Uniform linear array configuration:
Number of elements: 24
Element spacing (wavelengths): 1
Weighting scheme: uniform
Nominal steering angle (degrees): -45
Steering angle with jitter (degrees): -46.722
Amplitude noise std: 0.05
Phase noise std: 0.05

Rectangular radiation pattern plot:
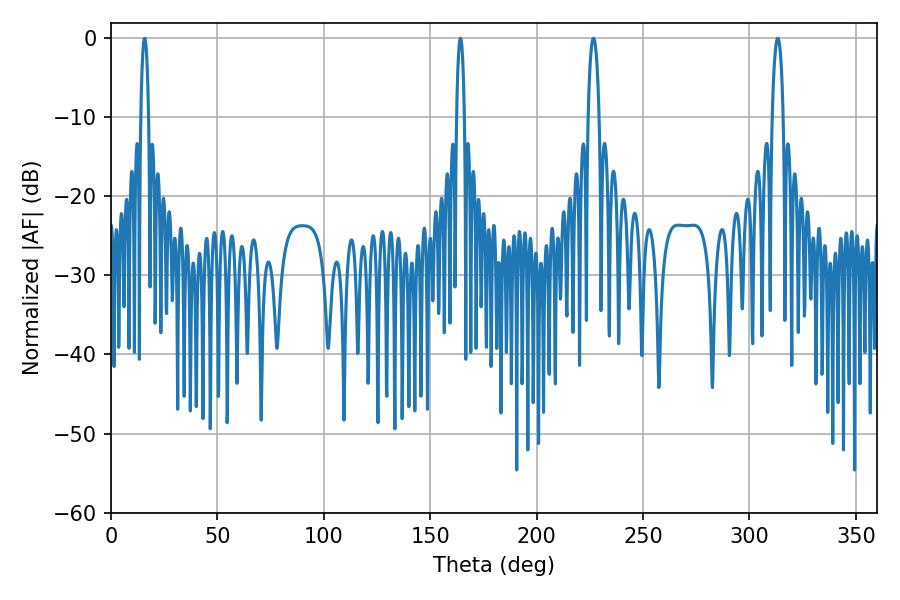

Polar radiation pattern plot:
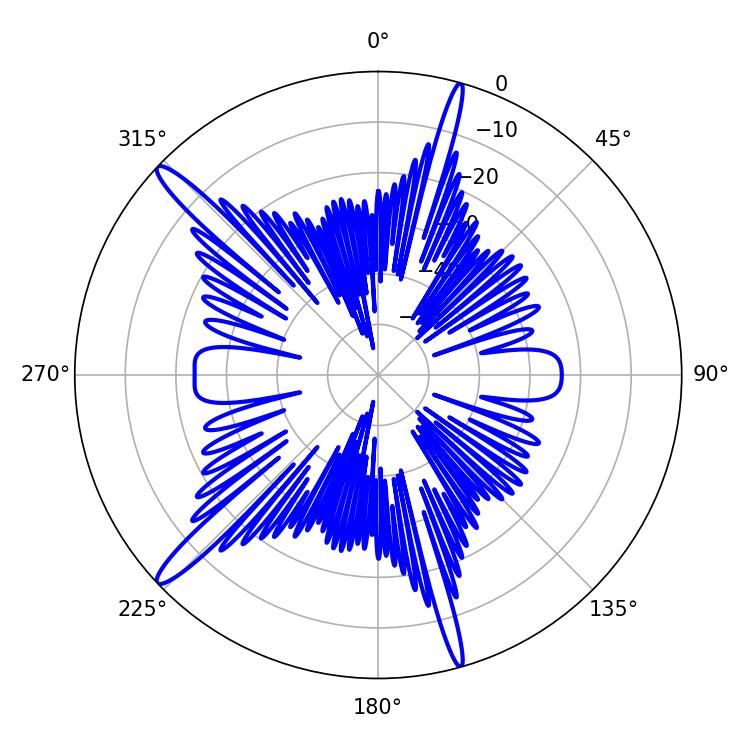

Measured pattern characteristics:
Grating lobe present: TRUE
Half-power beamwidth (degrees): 1.98
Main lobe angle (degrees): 164.16